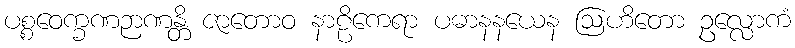
ပစ္စဝေက္ခဏဉာဏန္တိ ဇာတောဝ နာဠိကေရာ ပဓာနနယေန ဩဟိတော ဥလ္လောကံ